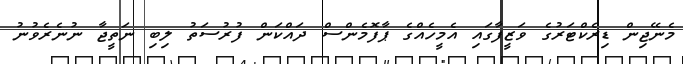
މެނޭޖިން ޑިރެކްޓަރުގެ ވަޒީފާގައި އެމީހެއްގެ ޕާފޮމެންސް ދައްކަން ފުރުސަތު ލިބި ނަތީޖާ ނުނެރެވުނު